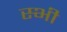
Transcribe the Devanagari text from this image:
स्भी